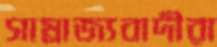
সাম্রাজ্যবাদীরা